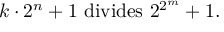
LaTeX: k \cdot 2 ^ { n } + 1 { \mathrm { ~ d i v i d e s ~ } } 2 ^ { 2 ^ { m } } + 1 .